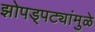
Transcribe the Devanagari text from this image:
झोपड्पट्यांमुळे